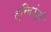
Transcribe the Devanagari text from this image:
त्रिकांत्री